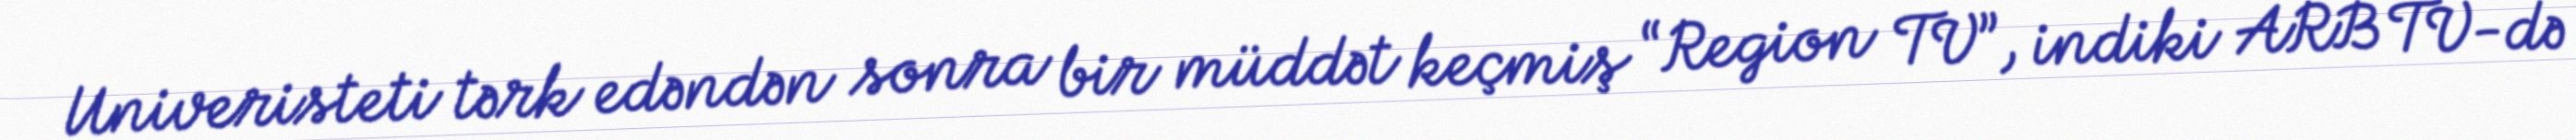
Univeristeti tərk edəndən sonra bir müddət keçmiş “Region TV”, indiki ARB TV-də